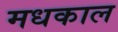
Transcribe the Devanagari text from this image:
मधकाल